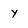
Character: Y